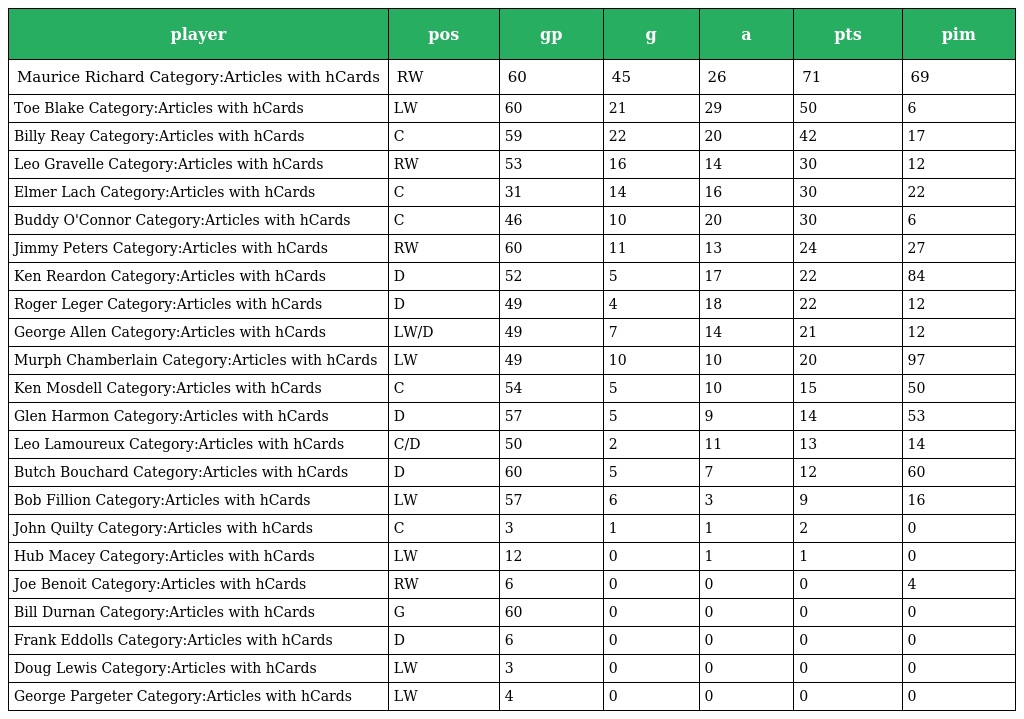
| player | pos | gp | g | a | pts | pim |
 | --- | --- | --- | --- | --- | --- | --- |
 | Maurice Richard Category:Articles with hCards | RW | 60 | 45 | 26 | 71 | 69 |
 | Toe Blake Category:Articles with hCards | LW | 60 | 21 | 29 | 50 | 6 |
 | Billy Reay Category:Articles with hCards | C | 59 | 22 | 20 | 42 | 17 |
 | Leo Gravelle Category:Articles with hCards | RW | 53 | 16 | 14 | 30 | 12 |
 | Elmer Lach Category:Articles with hCards | C | 31 | 14 | 16 | 30 | 22 |
 | Buddy O'Connor Category:Articles with hCards | C | 46 | 10 | 20 | 30 | 6 |
 | Jimmy Peters Category:Articles with hCards | RW | 60 | 11 | 13 | 24 | 27 |
 | Ken Reardon Category:Articles with hCards | D | 52 | 5 | 17 | 22 | 84 |
 | Roger Leger Category:Articles with hCards | D | 49 | 4 | 18 | 22 | 12 |
 | George Allen Category:Articles with hCards | LW/D | 49 | 7 | 14 | 21 | 12 |
 | Murph Chamberlain Category:Articles with hCards | LW | 49 | 10 | 10 | 20 | 97 |
 | Ken Mosdell Category:Articles with hCards | C | 54 | 5 | 10 | 15 | 50 |
 | Glen Harmon Category:Articles with hCards | D | 57 | 5 | 9 | 14 | 53 |
 | Leo Lamoureux Category:Articles with hCards | C/D | 50 | 2 | 11 | 13 | 14 |
 | Butch Bouchard Category:Articles with hCards | D | 60 | 5 | 7 | 12 | 60 |
 | Bob Fillion Category:Articles with hCards | LW | 57 | 6 | 3 | 9 | 16 |
 | John Quilty Category:Articles with hCards | C | 3 | 1 | 1 | 2 | 0 |
 | Hub Macey Category:Articles with hCards | LW | 12 | 0 | 1 | 1 | 0 |
 | Joe Benoit Category:Articles with hCards | RW | 6 | 0 | 0 | 0 | 4 |
 | Bill Durnan Category:Articles with hCards | G | 60 | 0 | 0 | 0 | 0 |
 | Frank Eddolls Category:Articles with hCards | D | 6 | 0 | 0 | 0 | 0 |
 | Doug Lewis Category:Articles with hCards | LW | 3 | 0 | 0 | 0 | 0 |
 | George Pargeter Category:Articles with hCards | LW | 4 | 0 | 0 | 0 | 0 |